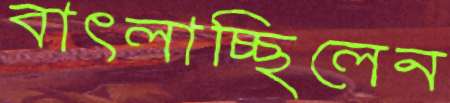
বাৎলাচ্ছিলেন